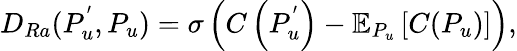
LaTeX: D_{Ra}(P_{u}^{'},P_{u})=\sigma\left(C\left(P_{u}^{'}\right)-\mathbb{E}_{P_{u}}\left[C(P_{u})\right]\right),